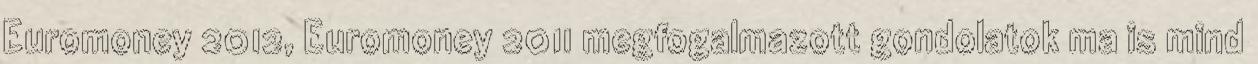
Euromoney 2012, Euromoney 2011 megfogalmazott gondolatok ma is mind